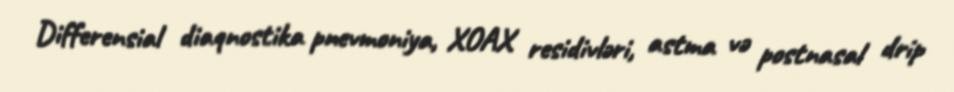
Differensial diaqnostika pnevmoniya, XOAX residivləri, astma və postnasal drip